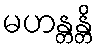
မဟန္တန္တိ